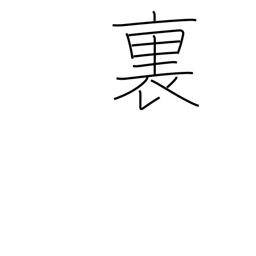
Meaning: inside